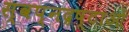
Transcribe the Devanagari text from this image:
स्वप्नद्रष्टाओं